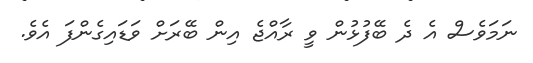
ނަމަވެސް އެ ދެ ބޭފުޅުން ވީ ރާއްޖެ އިން ބޭރަށް ވަޑައިގެންފަ އެވެ.